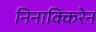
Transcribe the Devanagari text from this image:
निनाक्किरेन